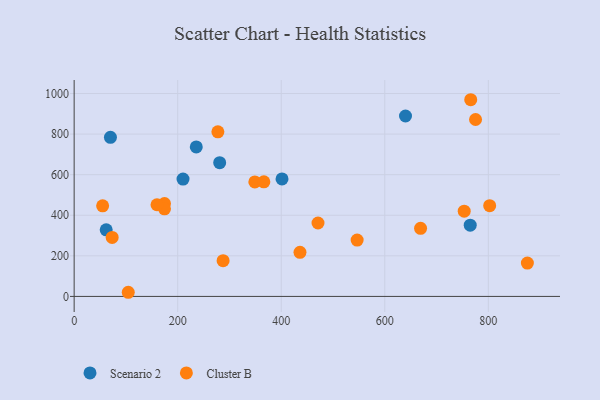
{"axis": {"x": "Speed", "y": "Profit"}, "legend": ["Cluster B", "Scenario 2"], "data": [{"x": "765.0", "y": 350.9, "type": "Scenario 2"}, {"x": "401.5", "y": 578.9, "type": "Scenario 2"}, {"x": "640.0", "y": 889.3, "type": "Scenario 2"}, {"x": "210.3", "y": 578.2, "type": "Scenario 2"}, {"x": "70.1", "y": 784.0, "type": "Scenario 2"}, {"x": "61.9", "y": 328.3, "type": "Scenario 2"}, {"x": "235.9", "y": 737.0, "type": "Scenario 2"}, {"x": "281.1", "y": 659.2, "type": "Scenario 2"}, {"x": "436.2", "y": 217.2, "type": "Cluster B"}, {"x": "104.5", "y": 20.4, "type": "Cluster B"}, {"x": "174.5", "y": 457.9, "type": "Cluster B"}, {"x": "546.6", "y": 277.8, "type": "Cluster B"}, {"x": "775.3", "y": 871.9, "type": "Cluster B"}, {"x": "471.0", "y": 361.9, "type": "Cluster B"}, {"x": "802.6", "y": 447.4, "type": "Cluster B"}, {"x": "349.0", "y": 564.4, "type": "Cluster B"}, {"x": "174.5", "y": 431.9, "type": "Cluster B"}, {"x": "277.6", "y": 811.2, "type": "Cluster B"}, {"x": "73.4", "y": 290.9, "type": "Cluster B"}, {"x": "366.4", "y": 565.0, "type": "Cluster B"}, {"x": "875.4", "y": 164.4, "type": "Cluster B"}, {"x": "766.0", "y": 969.4, "type": "Cluster B"}, {"x": "55.0", "y": 446.3, "type": "Cluster B"}, {"x": "287.7", "y": 176.1, "type": "Cluster B"}, {"x": "669.1", "y": 335.6, "type": "Cluster B"}, {"x": "753.4", "y": 420.2, "type": "Cluster B"}, {"x": "160.0", "y": 451.8, "type": "Cluster B"}]}